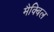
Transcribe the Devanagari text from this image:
मैक्बिल